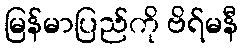
မြန်မာပြည်ကို ဗိရ်မနီ